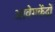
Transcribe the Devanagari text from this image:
आवेगकेंद्रों